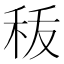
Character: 𮂺